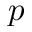
p